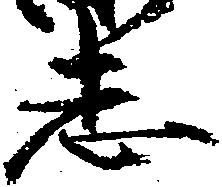
志